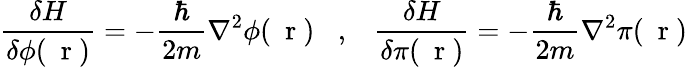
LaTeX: \frac{\delta H}{\delta\phi(\mathrm{~\mathbf~r~})}=-\frac{\hbar}{2m}\nabla^{2}\phi(\mathrm{~\mathbf~r~})\; \; \; ,\; \; \; \frac{\delta H}{\delta\pi(\mathrm{~\mathbf~r~})}=-\frac{\hbar}{2m}\nabla^{2}\pi(\mathrm{~\mathbf~r~})